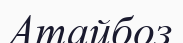
Атайбоз